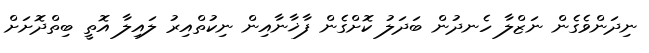
ނިދަންވެގެން ނަޒްލާ ހެނދުން ބަދަލު ކޮށްގެން ފާޚާނާއިން ނިކުތްއިރު ލައިލާ އޮތީ ބިތްދޮށަށް